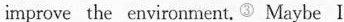
improve the environment.③ Maybe I